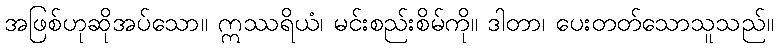
အဖြစ်ဟုဆိုအပ်သော။ ဣဿရိယံ၊ မင်းစည်းစိမ်ကို။ ဒါတာ၊ ပေးတတ်သောသူသည်။